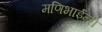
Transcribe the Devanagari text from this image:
मणिभाईंनी